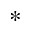
*